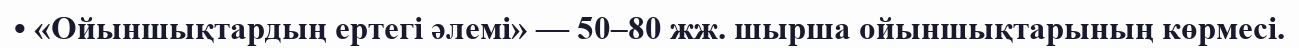
• «Ойыншықтардың ертегі әлемі» — 50–80 жж. шырша ойыншықтарының көрмесі.